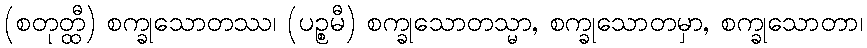
(စတုတ္ထီ) စက္ခုသောတဿ၊ (ပဉ္စမီ) စက္ခုသောတသ္မာ, စက္ခုသောတမှာ, စက္ခုသောတာ၊